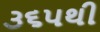
૩૬૫થી